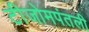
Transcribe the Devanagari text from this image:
टीजोमपंतली